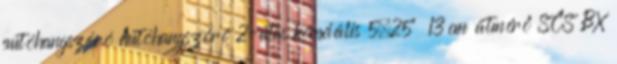
autóhangszóró Autóhangszóró 2-utas koaxiális 5,25" 13 cm átmérő SCS BX